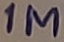
Text: 1M